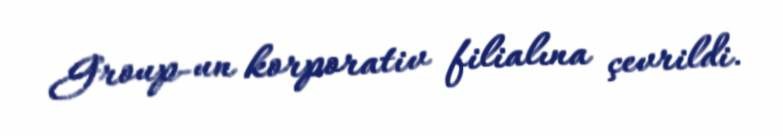
Group-un korporativ filialına çevrildi.